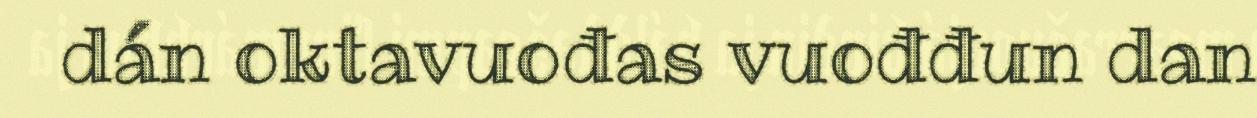
dán oktavuođas vuođđun dan